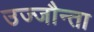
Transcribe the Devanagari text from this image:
उज्‍जौन्ता